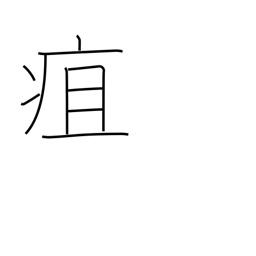
Meaning: carbuncle